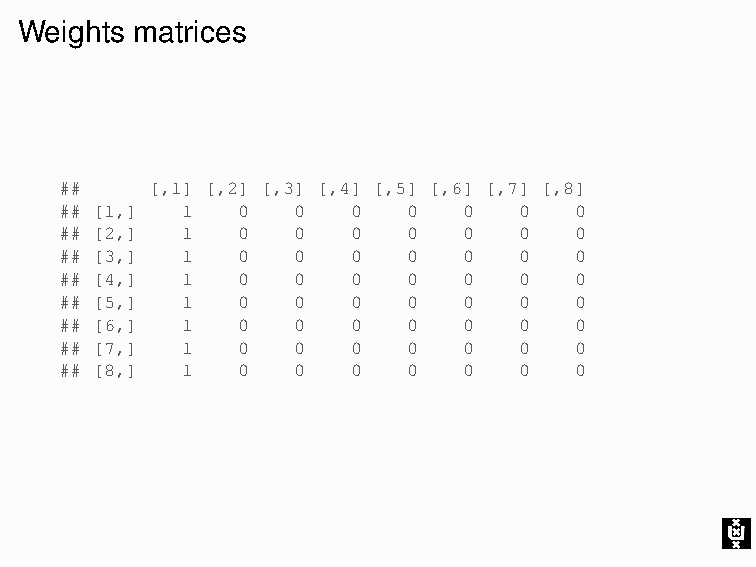
Weights matrices
 ##    [,1] [,2] [,3] [,4] [,5] [,6] [,7] [,8]
 ## [1,] 1   0  0   0   0   0  0   0
 ## [2,] 1   0  0   0   0   0  0   0
 ## [3,] 1   0  0   0   0   0  0   0
 ## [4,] 1   0  0   0   0   0  0   0
 ## [5,] 1   0  0   0   0   0  0   0
 ## [6,] 1   0  0   0   0   0  0   0
 ## [7,] 1   0  0   0   0   0  0   0
 ## [8,] 1   0  0   0   0   0  0   0